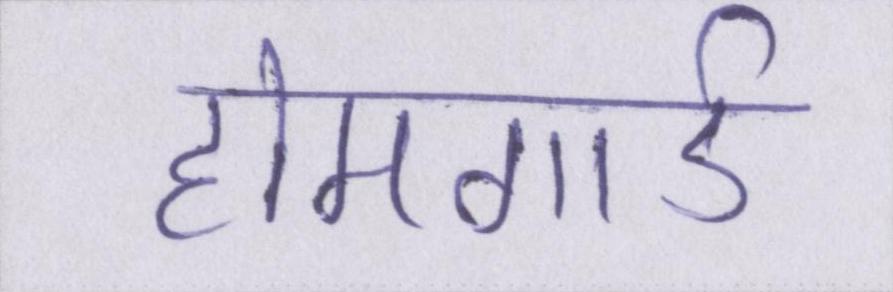
होमगार्ड